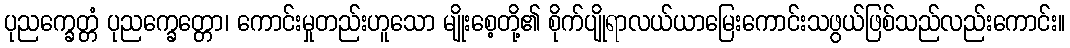
ပုညက္ခေတ္တံ ပုညက္ခေတ္တော၊ ကောင်းမှုတည်းဟူသော မျိုးစေ့တို့၏ စိုက်ပျိုရာလယ်ယာမြေးကောင်းသဖွယ်ဖြစ်သည်လည်းကောင်း။